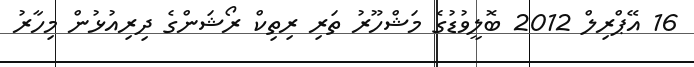
16 އޭޕްރިލް 2012 ބޮލީވުޑުގެ މަޝްހޫރު ތަރި ރިތިކް ރޯޝަންގެ ދިރިއުޅުން މިހާރު